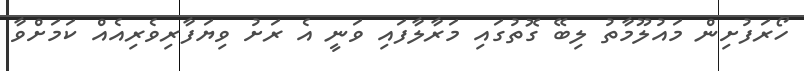
ހޯރަފުށިން މައުލޫމާތު ލިބޭ ގޮތުގައި މަރާލާފައި ވަނީ އެ ރަށު ވިޔަފާރިވެރިއެއް ކަމަށްވާ